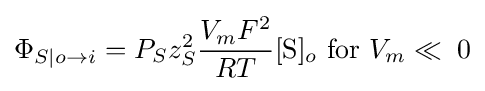
\Phi _{S|o\to i}=P_{S}z_{S}^{2}{\frac {V_{m}F^{2}}{RT}}[{\mbox{S}}]_{o}\ {\mbox{for}}\ V_{m}\ll \;0